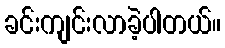
ခင်းကျင်းလာခဲ့ပါတယ်။